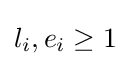
l_{i},e_{i}\geq 1